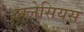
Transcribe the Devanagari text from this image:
ल्ग्लेसियस